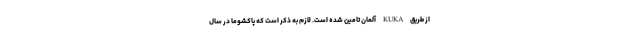
از طریق KUKA آلمان تامین شده است. لازم به ذکر است که پاکشوما در سال